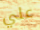
علي